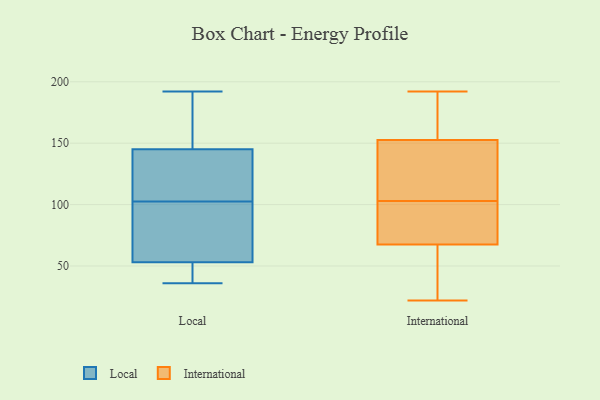
{"axis": {"x": "Conversion Rate (%)", "y": "Value"}, "legend": ["International", "Local"], "data": [{"x": "", "y": 123, "type": "Local"}, {"x": "", "y": 36, "type": "Local"}, {"x": "", "y": 93, "type": "Local"}, {"x": "", "y": 144, "type": "Local"}, {"x": "", "y": 146, "type": "Local"}, {"x": "", "y": 105, "type": "Local"}, {"x": "", "y": 100, "type": "Local"}, {"x": "", "y": 61, "type": "Local"}, {"x": "", "y": 169, "type": "Local"}, {"x": "", "y": 45, "type": "Local"}, {"x": "", "y": 40, "type": "Local"}, {"x": "", "y": 192, "type": "Local"}, {"x": "", "y": 86, "type": "International"}, {"x": "", "y": 63, "type": "International"}, {"x": "", "y": 69, "type": "International"}, {"x": "", "y": 22, "type": "International"}, {"x": "", "y": 81, "type": "International"}, {"x": "", "y": 171, "type": "International"}, {"x": "", "y": 192, "type": "International"}, {"x": "", "y": 160, "type": "International"}, {"x": "", "y": 150, "type": "International"}, {"x": "", "y": 103, "type": "International"}, {"x": "", "y": 135, "type": "International"}, {"x": "", "y": 55, "type": "International"}, {"x": "", "y": 132, "type": "International"}]}